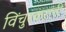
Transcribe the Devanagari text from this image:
विंचुरकरांनी